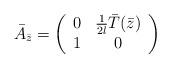
LaTeX: \begin{align*}\bar A_{\bar z} = \left( \begin{array}{cc} 0 & {1 \over 2l} \bar T(\bar z) \\ 1 & 0 \end{array} \right)\end{align*}